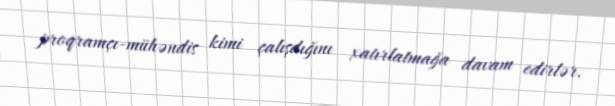
proqramçı-mühəndis kimi çalışdığını xatırlatmağa davam edirlər.